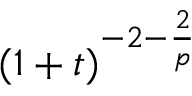
( 1 + t ) ^ { - 2 - \frac { 2 } { p } }